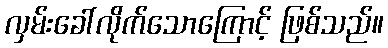
လှမ်းခေါ်လိုက်သောကြောင့် ဖြစ်သည်။